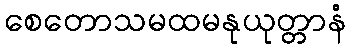
စေတောသမထမနုယုတ္တာနံ